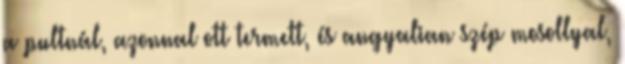
a pultnál, azonnal ott termett, és angyalian szép mosollyal,